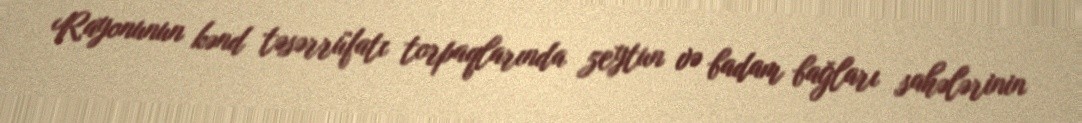
Rayonunun kənd təsərrüfatı torpaqlarında zeytun və badam bağları sahələrinin